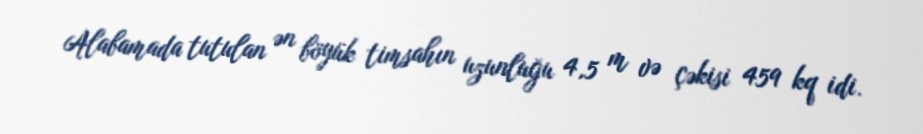
Alabamada tutulan ən böyük timsahın uzunluğu 4,5 m və çəkisi 459 kq idi.